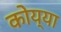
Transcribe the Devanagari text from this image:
कोय्या